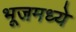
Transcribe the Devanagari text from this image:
भूजमध्ये